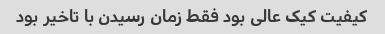
کیفیت کیک عالی بود فقط زمان رسیدن با تاخیر بود